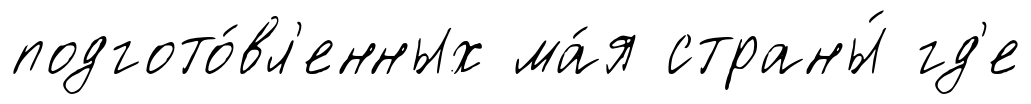
подгото́вл'енных ма́я страны́ гд'е